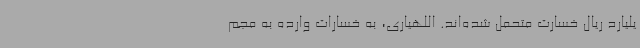
یلیارد ریال خسارت متحمل شده‌اند. اللهیاری، به خسارات وارده به مجم